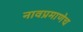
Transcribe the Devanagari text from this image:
नावप्रमाणेच